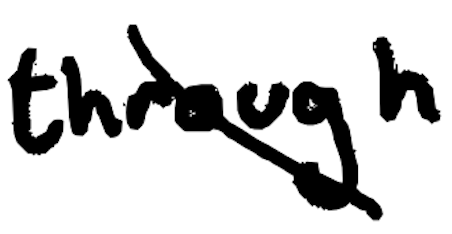
Text: through
Cross-out: diagonal
Writing tool: digital_black